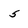
Character: 5